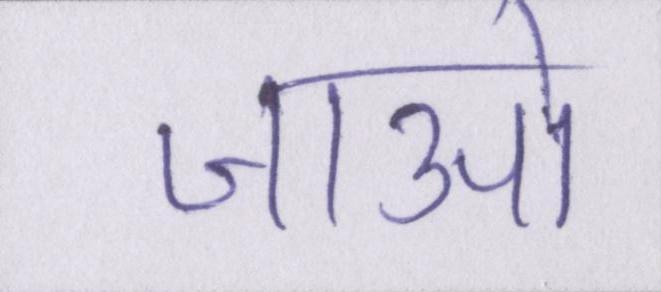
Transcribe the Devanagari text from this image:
जाओ